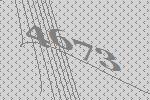
4673